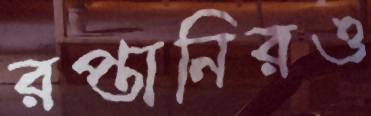
রপ্তানিরও